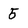
Character: 5